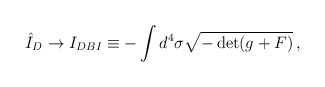
\begin{align*}\hat I_D \rightarrow I_{DBI} \equiv - \int d^4 \sigma \sqrt{- \det (g + F) } \,, \end{align*}